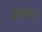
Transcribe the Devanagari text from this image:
वेंकप्पा